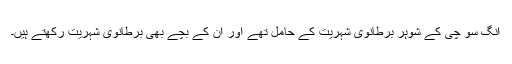
آنگ سو چی کے شوہر برطانوی شہریت کے حامل تھے اور ان کے بچے بھی برطانوی شہریت رکھتے ہیں۔